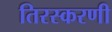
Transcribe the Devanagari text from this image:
तिरस्करणी